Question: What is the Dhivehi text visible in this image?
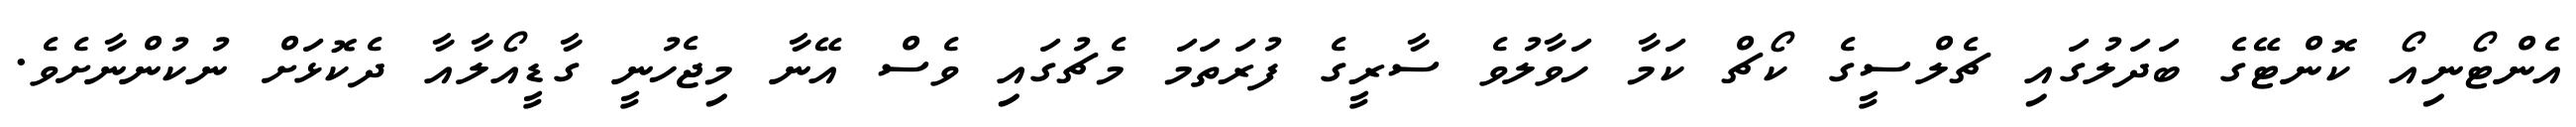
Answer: އެންޓޯނިއޯ ކޮންޓޭގެ ބަދަލުގައި ޗެލްސީގެ ކޯޗް ކަމާ ހަވާލުވެ ސާރީގެ ފުރަތަމަ މެޗުގައި ވެސް އޭނާ މިޖެހުނީ ގާޑީއޯލާއާ ދެކޮޅަށް ނުކުންނާށެވެ.